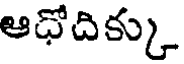
ఆధోదిక్కు